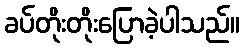
ခပ်တိုးတိုးပြောခဲ့ပါသည်။